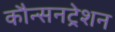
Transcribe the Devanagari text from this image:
कौन्सनट्रेशन